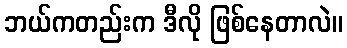
ဘယ်ကတည်းက ဒီလို ဖြစ်နေတာလဲ။